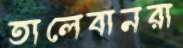
তালেবানরা